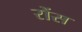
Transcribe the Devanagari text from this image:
रोंस